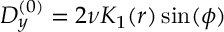
D _ { y } ^ { ( 0 ) } = 2 \nu K _ { 1 } ( r ) \sin ( \phi )